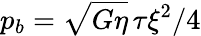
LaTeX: p_{b}=\sqrt{G\eta}\, \tau\xi^{2}/4